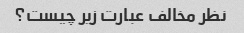
نظر مخالف عبارت زیر چیست؟